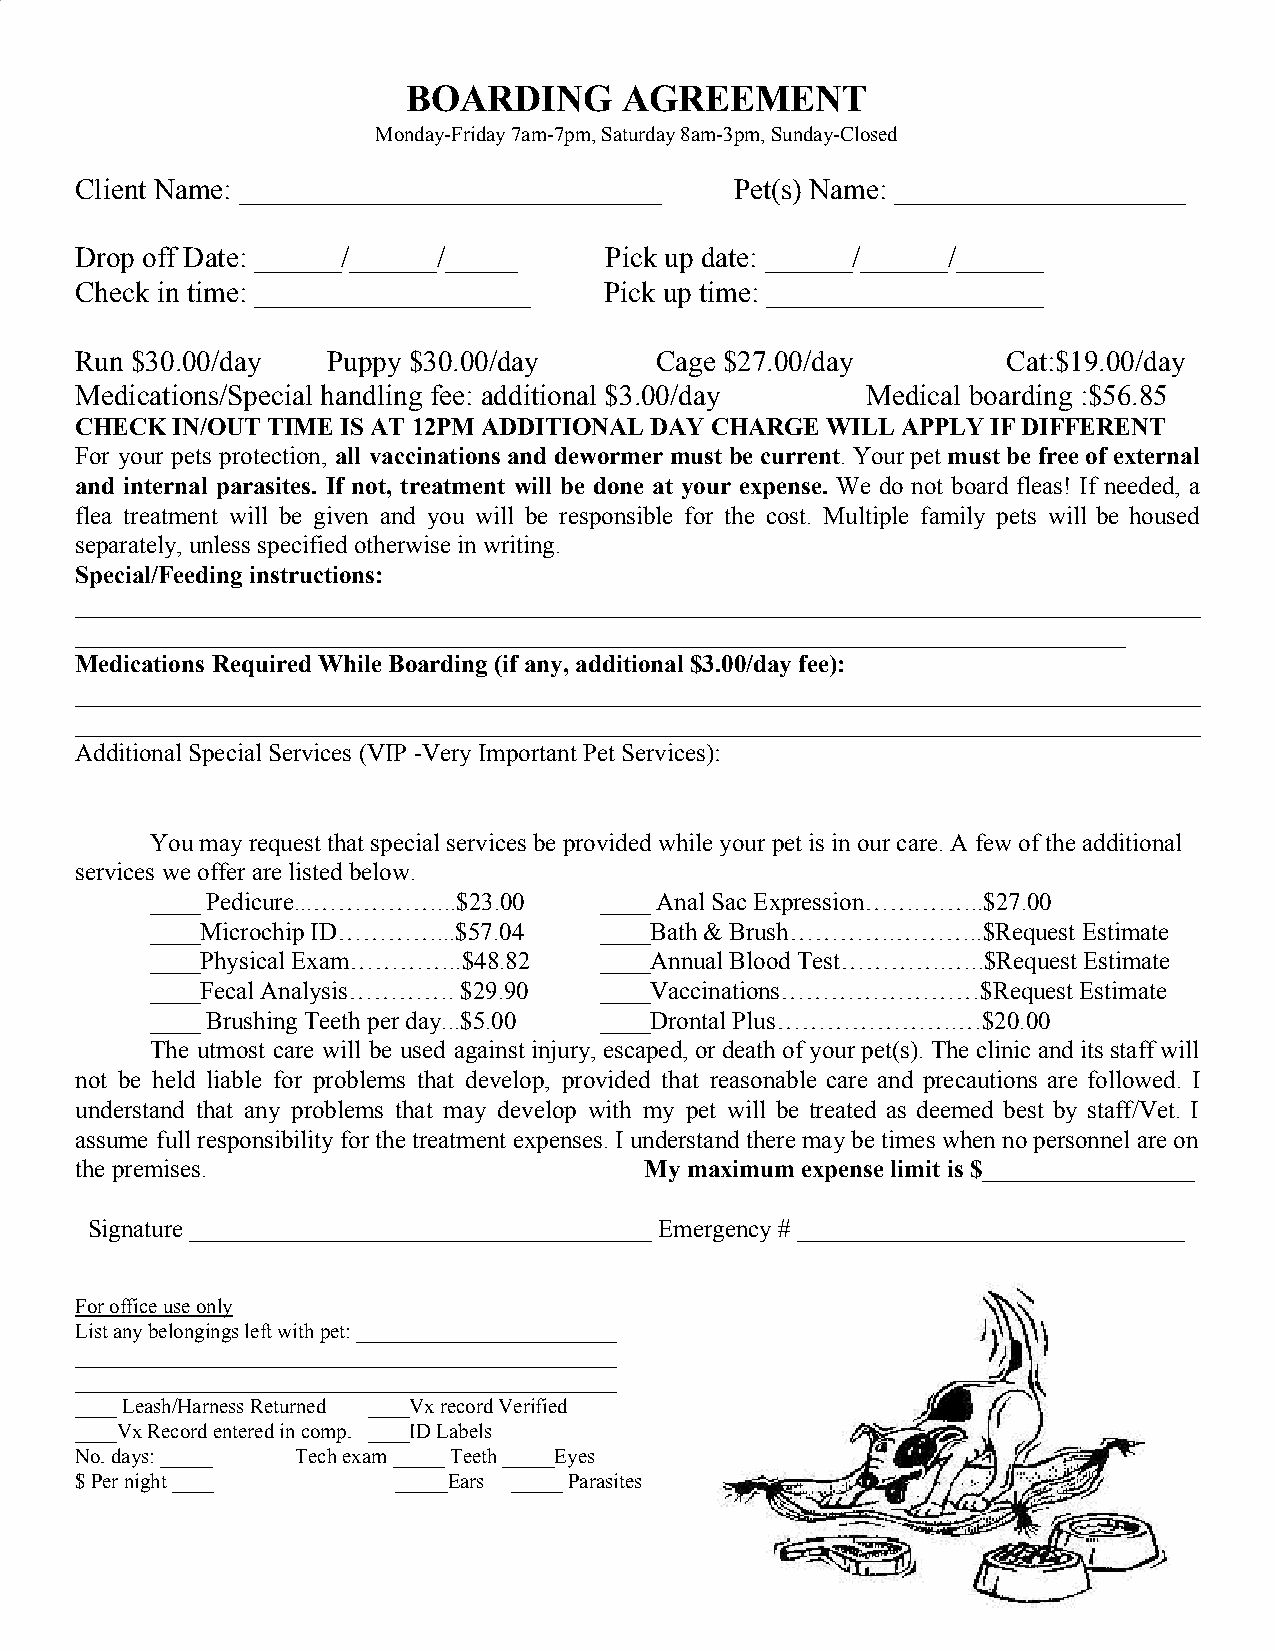
BOARDING      AGREEMENT
 Monday-Friday 7am-7pm, Saturday 8am-3pm, Sunday-Closed
 Client Name: _____________________________  Pet(s) Name: ____________________
 Drop off Date: ______/______/_____ Pick up date: ______/______/______
 Check in time: ___________________ Pick up time: ___________________
 Run $30.00/day   Puppy $30.00/day     Cage $27.00/day         Cat:$19.00/day
 Medications/Special handling fee: additional $3.00/day Medical boarding :$56.85
 CHECK IN/OUT TIME IS AT 12PM ADDITIONAL DAY CHARGE WILL APPLY IF DIFFERENT
 For your pets protection, all vaccinations and dewormer must be current. Your pet must be free of external
 ​                                 ​      ​
 and internal parasites. If not, treatment will be done at your expense. We do not board fleas! If needed, a
 ​
 flea treatment will be given and you will be responsible for the cost. Multiple family pets will be housed
 separately, unless specified otherwise in writing.
 Special/Feeding instructions:
 __________________________________________________________________________________________
 ____________________________________________________________________________________
 Medications Required While Boarding (if any, additional $3.00/day fee):
 __________________________________________________________________________________________
 __________________________________________________________________________________________
 Additional Special Services (VIP -Very Important Pet Services):
 You may request that special services be provided while your pet is in our care. A few of the additional
 services we offer are listed below.
 ____ Pedicure...……………...$23.00 ____ Anal Sac Expression…….……..$27.00
 ____Microchip ID…………...$57.04 ____Bath & Brush………….………..$Request Estimate
 ____Physical Exam…………..$48.82 ____Annual Blood Test………….…..$Request Estimate
 ____Fecal Analysis…………. $29.90 ____Vaccinations……………………$Request Estimate
 ____ Brushing Teeth per day...$5.00 ____Drontal Plus………………….…$20.00
 The utmost care will be used against injury, escaped, or death of your pet(s). The clinic and its staff will
 not be held liable for problems that develop, provided that reasonable care and precautions are followed. I
 understand that any problems that may develop with my pet will be treated as deemed best by staff/Vet. I
 assume full responsibility for the treatment expenses. I understand there may be times when no personnel are on
 the premises.                         My maximum expense limit is $_________________
 ​
 Signature _____________________________________ Emergency # _______________________________
 For office use only
 List any belongings left with pet: _________________________
 ____________________________________________________
 ____________________________________________________
 ____ Leash/Harness Returned ____Vx record Verified
 ____Vx Record entered in comp. ____ID Labels
 No. days: _____ Tech exam _____ Teeth _____Eyes
 $ Per night ____     _____Ears _____ Parasites